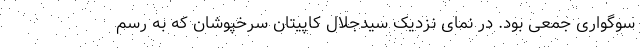
سوگواری جمعی بود. در نمای نزدیک سیدجلال کاپیتان سرخپوشان که به رسم